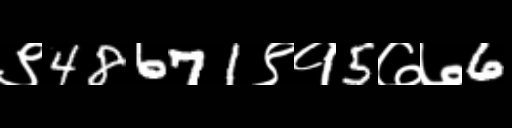
Text: ९48671९१5७७6